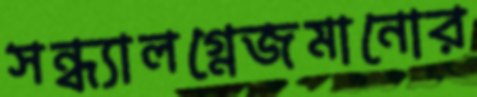
সন্ধ্যালগ্নেজমানোর